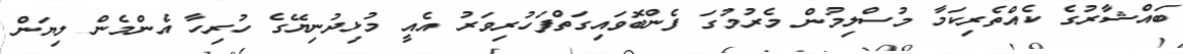
ބައްޝާރުގެ ކެއްތެރިކަމާ މުސްލިމުން މެރުމުގަ ފެންބޮވައިގަތްފަހުރިވަރު އެއީ މުޅިދުނިޔޭގެ ހުރިހާ އެންމެން ލިޔަން